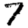
Digit: 7